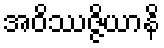
အဝိဿဇ္ဇိယာနိ